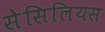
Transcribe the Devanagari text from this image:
सेसिलियस